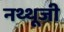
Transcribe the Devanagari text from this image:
नथ्थूजी